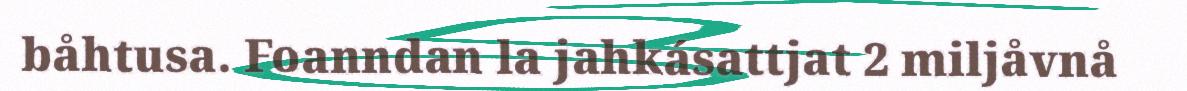
båhtusa. Foanndan la jahkásattjat 2 miljåvnå